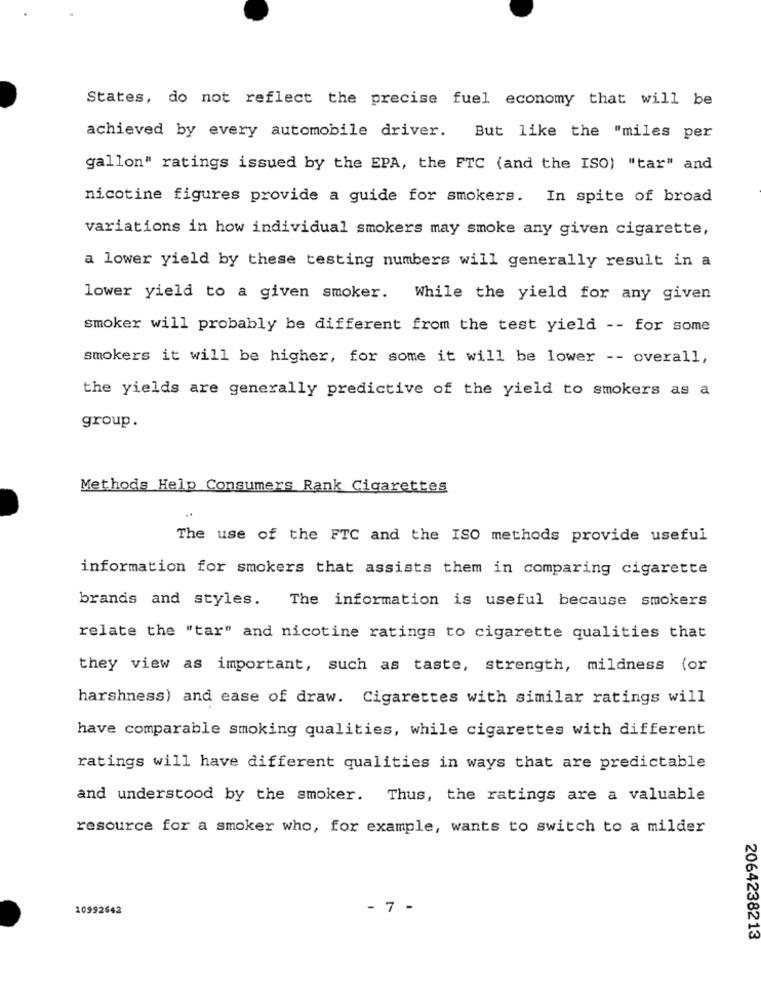
States, do not reflect the precise fuel economy that will be
achieved by every automobile driver. But like the "miles per
gallon" ratings issued by the EPA, the FTC (and the ISO) "tar" and
nicotine figures provide a guide for smokers. In spite of broad
variations in how individual smokers may smoke any given cigarette,
a lower yield by these testing numbers will generally result in a
lower yield to a given smoker. While the yield for any given
smoker will probably be different from the test yield -- for some
smokers it will be higher, for some it will be lower -- overall,
the yields are generally predictive of the yield to smokers as a
group.
Methods Help Consumers Rank Cigarettes
The use of the FTC and the ISO methods provide useful
information for smokers that assists them in comparing cigarette
brands and styles.
The information is useful because smokers
relate the "tar" and nicotine ratings to cigarette qualities that
they view as important, such as taste, strength, mildness (or
harshness) and ease of draw. Cigarettes with similar ratings will
have comparable smoking qualities, while cigarettes with different
ratings will have different qualities in ways that are predictable
and understood by the smoker. Thus, the ratings are a valuable
resource for a smoker who, for example, wants to switch to a milder
10992642
- 7 -
2064238213